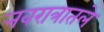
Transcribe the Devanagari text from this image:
नवरात्रातले